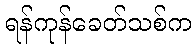
ရန်ကုန်ခေတ်သစ်က